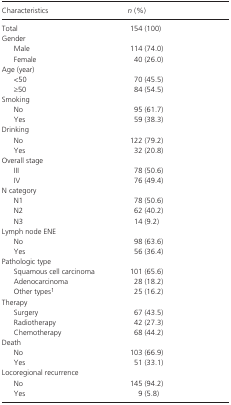
<table><thead><tr><td><b>Characteristics</b></td><td><b><i>n</i> (%)</b></td></tr></thead><tbody><tr><td>Total</td><td>154 (100)</td></tr><tr><td colspan="2">Gender</td></tr><tr><td>Male</td><td>114 (74.0)</td></tr><tr><td>Female</td><td>40 (26.0)</td></tr><tr><td colspan="2">Age (year)</td></tr><tr><td>&lt;50</td><td>70 (45.5)</td></tr><tr><td>≥50</td><td>84 (54.5)</td></tr><tr><td colspan="2">Smoking</td></tr><tr><td>No</td><td>95 (61.7)</td></tr><tr><td>Yes</td><td>59 (38.3)</td></tr><tr><td colspan="2">Drinking</td></tr><tr><td>No</td><td>122 (79.2)</td></tr><tr><td>Yes</td><td>32 (20.8)</td></tr><tr><td colspan="2">Overall stage</td></tr><tr><td>III</td><td>78 (50.6)</td></tr><tr><td>IV</td><td>76 (49.4)</td></tr><tr><td colspan="2">N category</td></tr><tr><td>N1</td><td>78 (50.6)</td></tr><tr><td>N2</td><td>62 (40.2)</td></tr><tr><td>N3</td><td>14 (9.2)</td></tr><tr><td colspan="2">Lymph node ENE</td></tr><tr><td>No</td><td>98 (63.6)</td></tr><tr><td>Yes</td><td>56 (36.4)</td></tr><tr><td colspan="2">Pathologic type</td></tr><tr><td>Squamous cell carcinoma</td><td>101 (65.6)</td></tr><tr><td>Adenocarcinoma</td><td>28 (18.2)</td></tr><tr><td>Other typesa</td><td>25 (16.2)</td></tr><tr><td colspan="2">Therapy</td></tr><tr><td>Surgery</td><td>67 (43.5)</td></tr><tr><td>Radiotherapy</td><td>42 (27.3)</td></tr><tr><td>Chemotherapy</td><td>68 (44.2)</td></tr><tr><td colspan="2">Death</td></tr><tr><td>No</td><td>103 (66.9)</td></tr><tr><td>Yes</td><td>51 (33.1)</td></tr><tr><td colspan="2">Locoregional recurrence</td></tr><tr><td>No</td><td>145 (94.2)</td></tr><tr><td>Yes</td><td>9 (5.8)</td></tr></tbody></table>